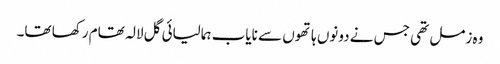
وہ زمل تھی جس نے دونوں ہاتھوں سے نایاب ہمالیائی گل لالہ تھام رکھا تھا۔